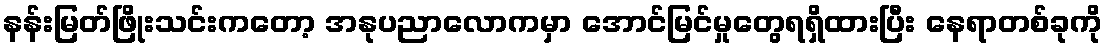
နန်းမြတ်ဖြိုးသင်းကတော့ အနုပညာလောကမှာ အောင်မြင်မှုတွေရရှိထားပြီး နေရာတစ်ခုကို